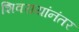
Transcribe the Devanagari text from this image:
शिवरायांनंतर